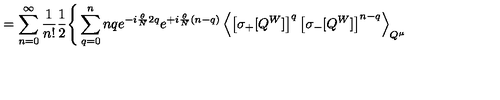
= \sum _ { n = 0 } ^ { \infty } \frac { 1 } { n ! } \frac { 1 } { 2 } \Bigg \{ \sum _ { q = 0 } ^ { n } { \binom { n } { q } } e ^ { - i \frac { \theta } { N } 2 q } e ^ { + i \frac { \theta } { N } ( n - q ) } \left\langle \left[ \sigma _ { + } [ Q ^ { W } ] \right] ^ { q } \left[ \sigma _ { - } [ Q ^ { W } ] \right] ^ { n - q } \right\rangle _ { Q ^ { \mu } }